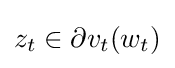
z_{t}\in \partial v_{t}(w_{t})